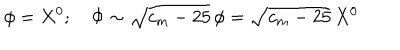
\phi = X ^ { 0 } ; \quad \Phi \sim \sqrt { c _ { m } - 2 5 } \, \phi = \sqrt { c _ { m } - 2 5 } \, X ^ { 0 }